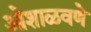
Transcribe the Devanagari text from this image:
ओशाळवणे